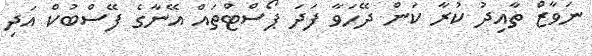
ނަވާޒް ތާއިދު ކުރާ ކަން ދޭހަވާ ފަދަ ޕޯސްޓްތައް އޭނާގެ ފޭސްބުކް އަދި